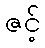
ဇင့်